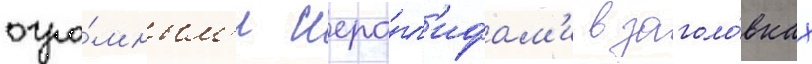
огро́мным'и иеро́гл'ифам'и в заголо́вках